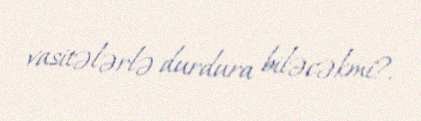
vasitələrlə durdura biləcəkmi?.